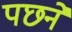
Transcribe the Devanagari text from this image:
पछने